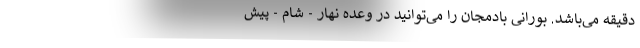
دقیقه می‌باشد. بورانی بادمجان را می‌توانید در وعده نهار - شام - پیش